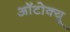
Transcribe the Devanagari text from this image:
ऑटोक्यू